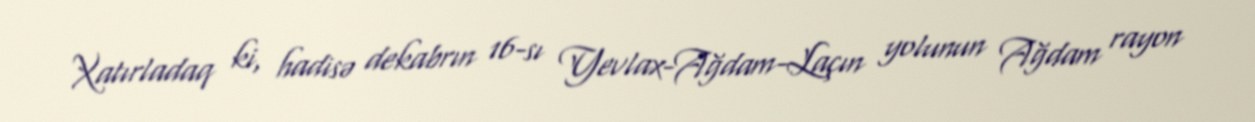
Xatırladaq ki, hadisə dekabrın 16-sı Yevlax-Ağdam-Laçın yolunun Ağdam rayon